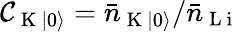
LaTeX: \mathcal{C}_{\mathrm{~K~}\lvert 0\rangle}=\bar{n}_{\mathrm{~K~}\lvert 0\rangle}/\bar{n}_{\mathrm{~L~i~}}